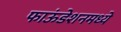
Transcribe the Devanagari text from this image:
फाऊंडेशनमध्ये